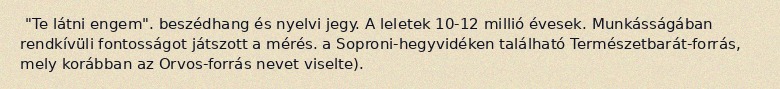
"Te látni engem". beszédhang és nyelvi jegy. A leletek 10-12 millió évesek. Munkásságában rendkívüli fontosságot játszott a mérés. a Soproni-hegyvidéken található Természetbarát-forrás, mely korábban az Orvos-forrás nevet viselte).